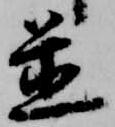
置